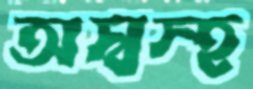
অস্বস্হ